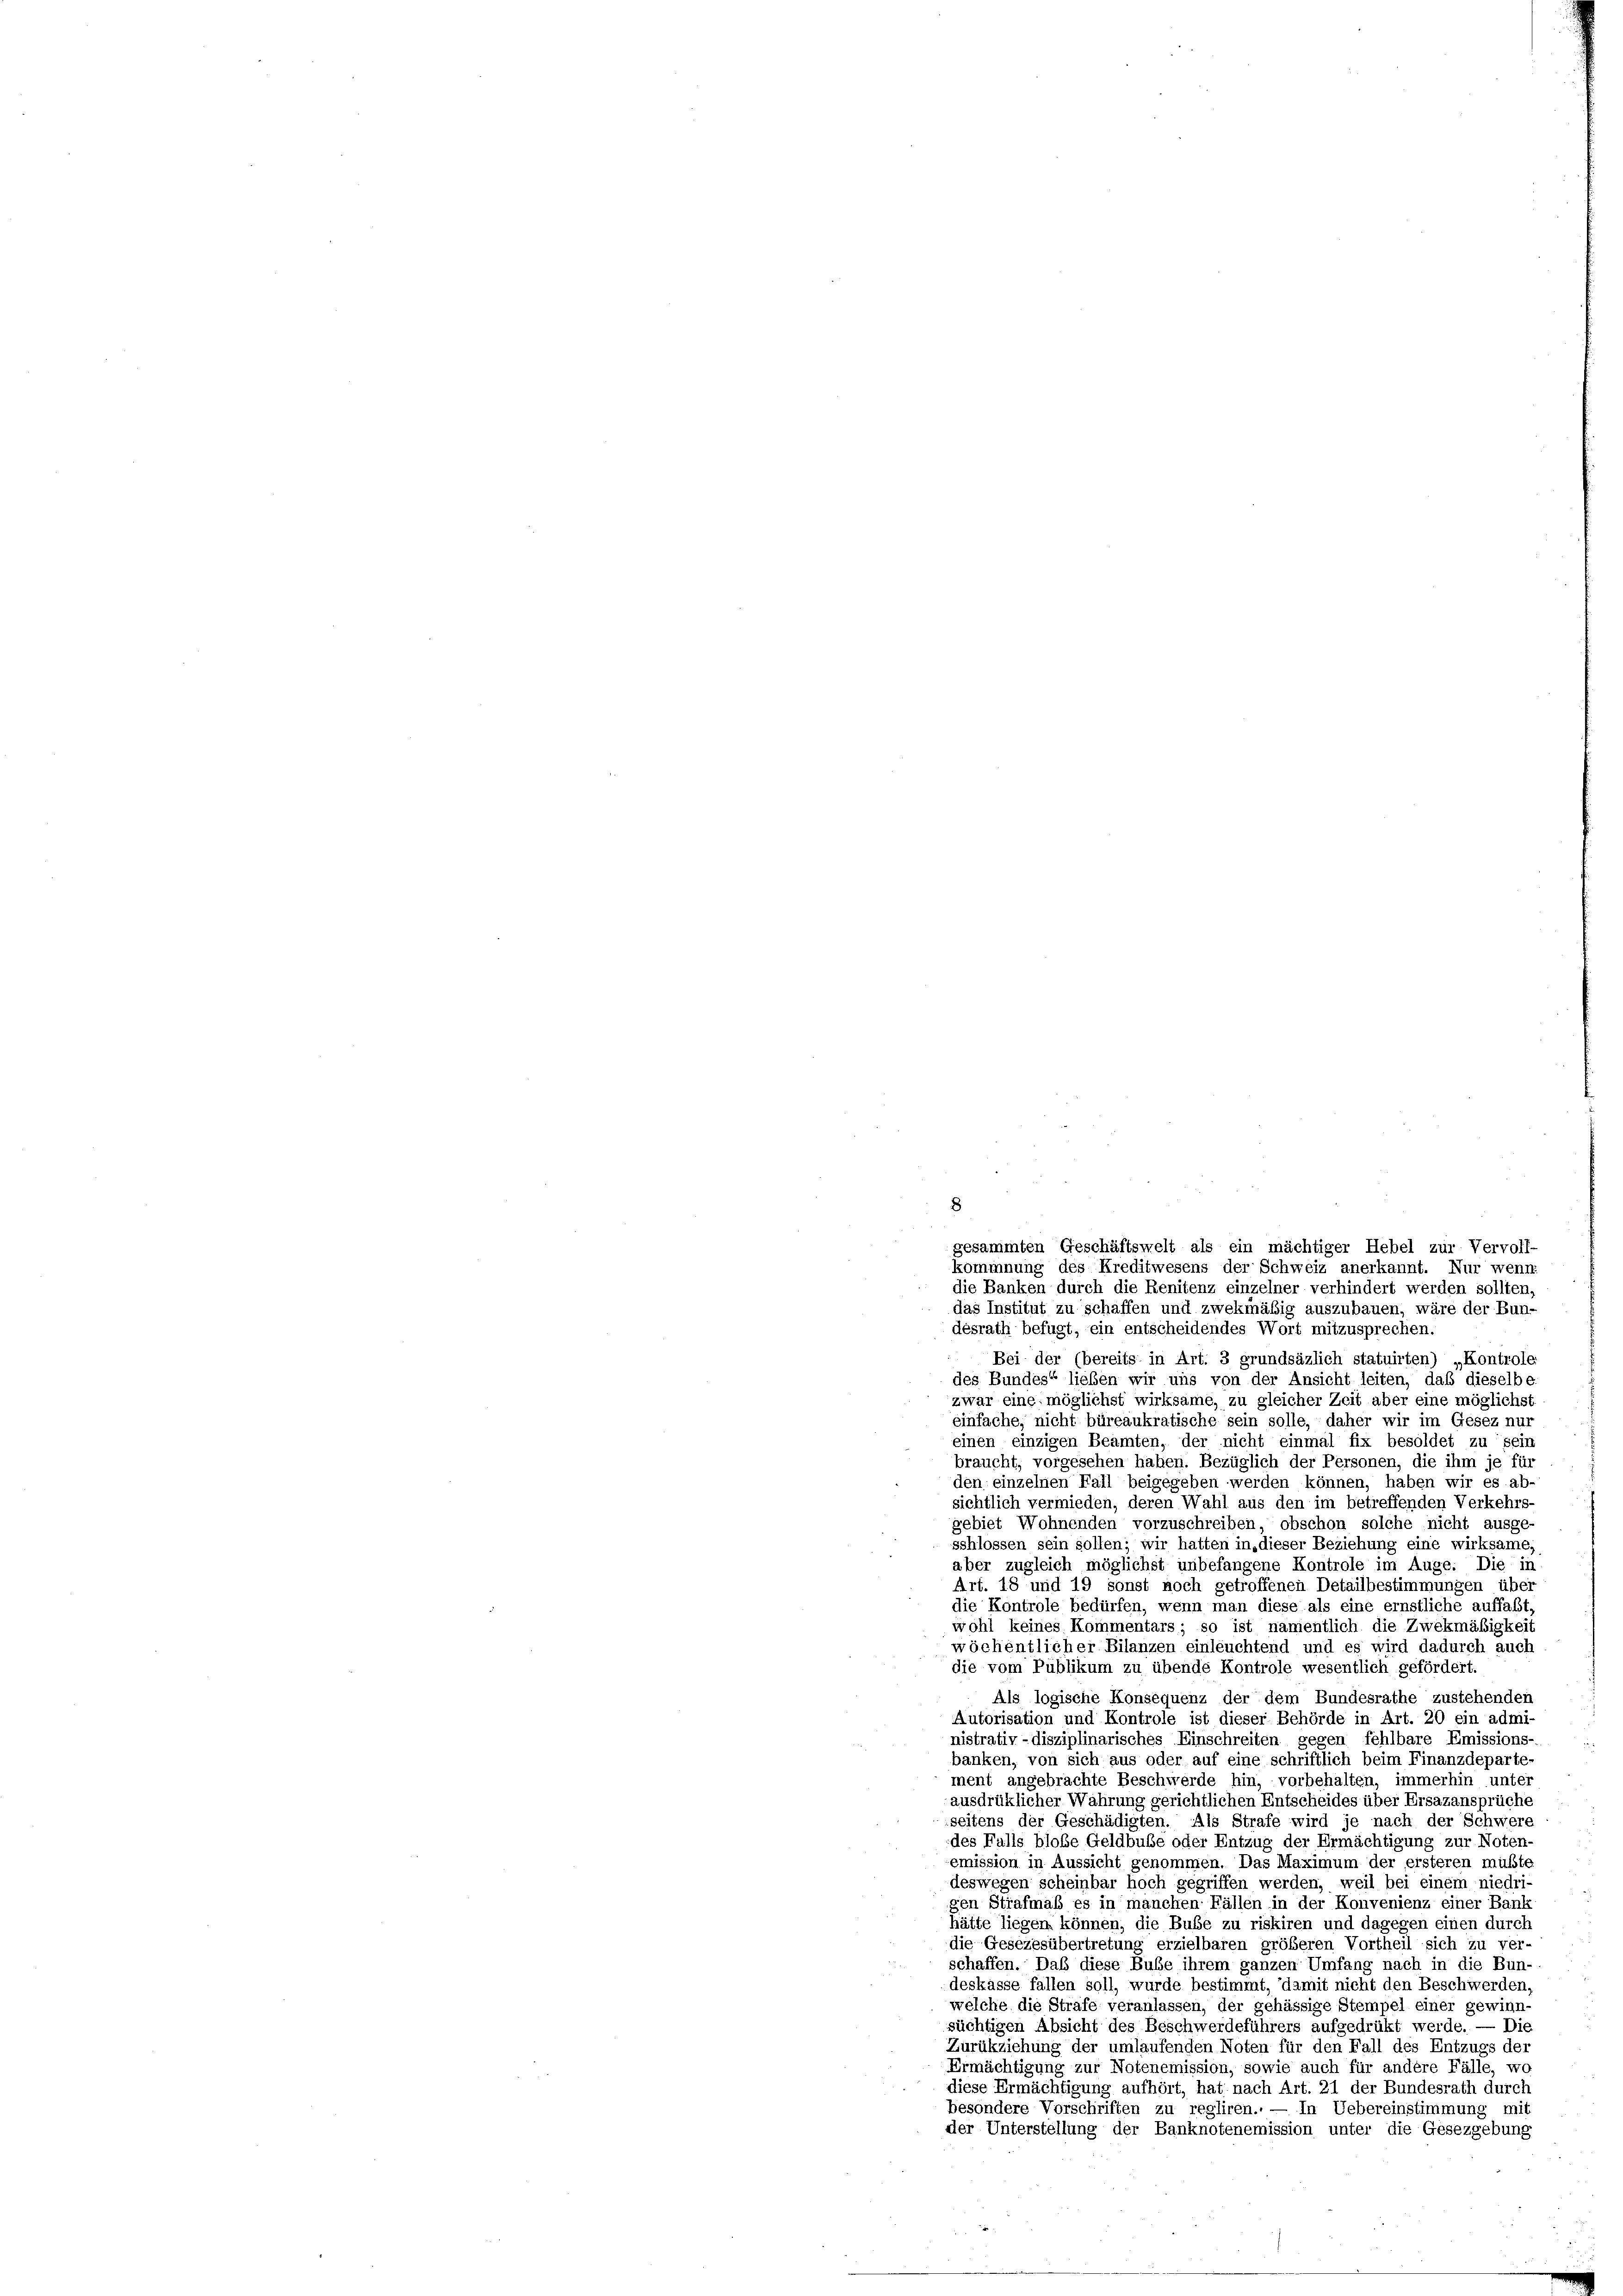
8
gesammten Geschäftswelt als ein mächtiger Hebel zur Vervoll-
kommnung des Kreditwesens der Schweiz anerkannt. Nur wenn
die Banken durch die Renitenz einzelner verhindert werden sollten,
das Institut zu schaffen und zwekmäßig auszubauen, wäre der Bun-

desrath befugt, ein entscheidendes Wort mitzusprechen.
Bei der (bereits in Art. 3 grundsäzlich statuirten) „Kontrole.
des Bundes“ lieben wir uns von der Ansicht leiten, daß dieselbe
zwar eine möglichst wirksame, zu gleicher Zeit aber eine möglichst
einfache, nicht büreaukratische sein solle, daher wir im Gesez nur
einen einzigen Beamten, der nicht einmal fix besoldet zu sein
braucht, vorgesehen haben. Bezüglich der Personen, die ihm je für
den einzelnen Fall beigegeben werden können, haben wir es ab-
sichtlich vermieden, deren Wahl aus den im betreffenden Verkehrs-
gebiet Wohnenden vorzuschreiben, obschon solche nicht ausge-
schlossen sein sollen; wir hatten in dieser Beziehung eine wirksame,
aber zugleich möglichst unbefangene Kontrole im Auge. Die in
Art. 18 und 19 sonst noch getroffenen Detailbestimmungen über
die Kontrole bedürfen, wenn man diese als eine ernstliche auffaßt,
wohl keines Kommentars; so ist namentlich die Zwekmäßigkeit
wöchentlicher Bilanzen einleuchtend und es wird dadurch auch
die vom Publikum zu übende Kontrole wesentlich gefördert.
Als logische Konsequenz der dem Bundesrathe zustehenden
Autorisation und Kontrole ist dieser Behörde in Art. 20 ein admi-
nistrativ-disziplinarisches Einschreiten gegen fehlbare Emissions-
banken, von sich aus oder auf eine schriftlich beim Finanzdeparte
ment angebrachte Beschwerde hin, vorbehalten, immerhin unter
ausdrüklicher Wahrung gerichtlichen Entscheides über Ersazansprüche
seitens der Geschädigten. Als Strafe wird je nach der Schwere
des Falls bloße Geldbuße oder Entzug der Ermächtigung zur Noten-
emission in Aussicht genommen. Das Maximum der ersteren müßte
deswegen scheinbar hoch gegriffen werden, weil bei einem niedri
gen Strafmaß es in manchen Fällen in der Konvenienz einer Bank
hätte liegen können, die Buße zu riskiren und dagegen einen durch
die Gesezesübertretung erzielbaren größeren Vortheil sich zu ver-
schaffen. Daß diese Bube ihrem ganzen Umfang nach in die Bun-
deskasse fallen soll, wurde bestimmt, damit nicht den Beschwerden,
welche die Strafe veranlassen, der gehässige Stempel einer gewinn-
süchtigen Absicht des Beschwerdeführers aufgedrükt werde. — Die
Zurückziehung der umlaufenden Noten für den Fall des Entzugs der
Ermächtigung zur Notenemission, sowie auch für andere Fälle, wo
diese Ermächtigung aufhört, hat nach Art. 21 der Bundesrath durch
besondere Vorschriften zu regliren. — In Uebereinstimmung mit
der Unterstellung der Banknotenemission unter die Gesezgebung